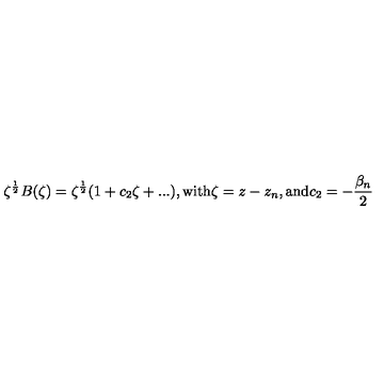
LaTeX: \zeta ^ { \frac { 1 } { 2 } } B ( \zeta ) = \zeta ^ { \frac { 1 } { 2 } } ( 1 + c _ { 2 } \zeta + . . . ) , \mathrm { w i t h } \zeta = z - z _ { n } , \mathrm { a n d } c _ { 2 } = - \frac { \beta _ { n } } { 2 }